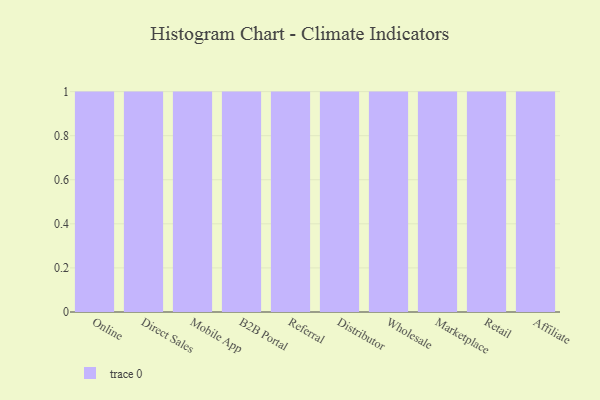
{"axis": {"x": "Channel", "y": "Website Visitors"}, "legend": [""], "data": [{"x": "Online", "y": 7, "type": ""}, {"x": "Direct Sales", "y": 17, "type": ""}, {"x": "Mobile App", "y": 47, "type": ""}, {"x": "B2B Portal", "y": 94, "type": ""}, {"x": "Referral", "y": 76, "type": ""}, {"x": "Distributor", "y": 10, "type": ""}, {"x": "Wholesale", "y": 1, "type": ""}, {"x": "Marketplace", "y": 84, "type": ""}, {"x": "Retail", "y": 46, "type": ""}, {"x": "Affiliate", "y": 22, "type": ""}]}